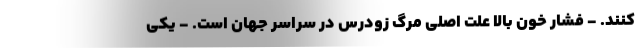
‌کنند. - فشار خون بالا علت اصلی مرگ زودرس در سراسر جهان است. - یکی